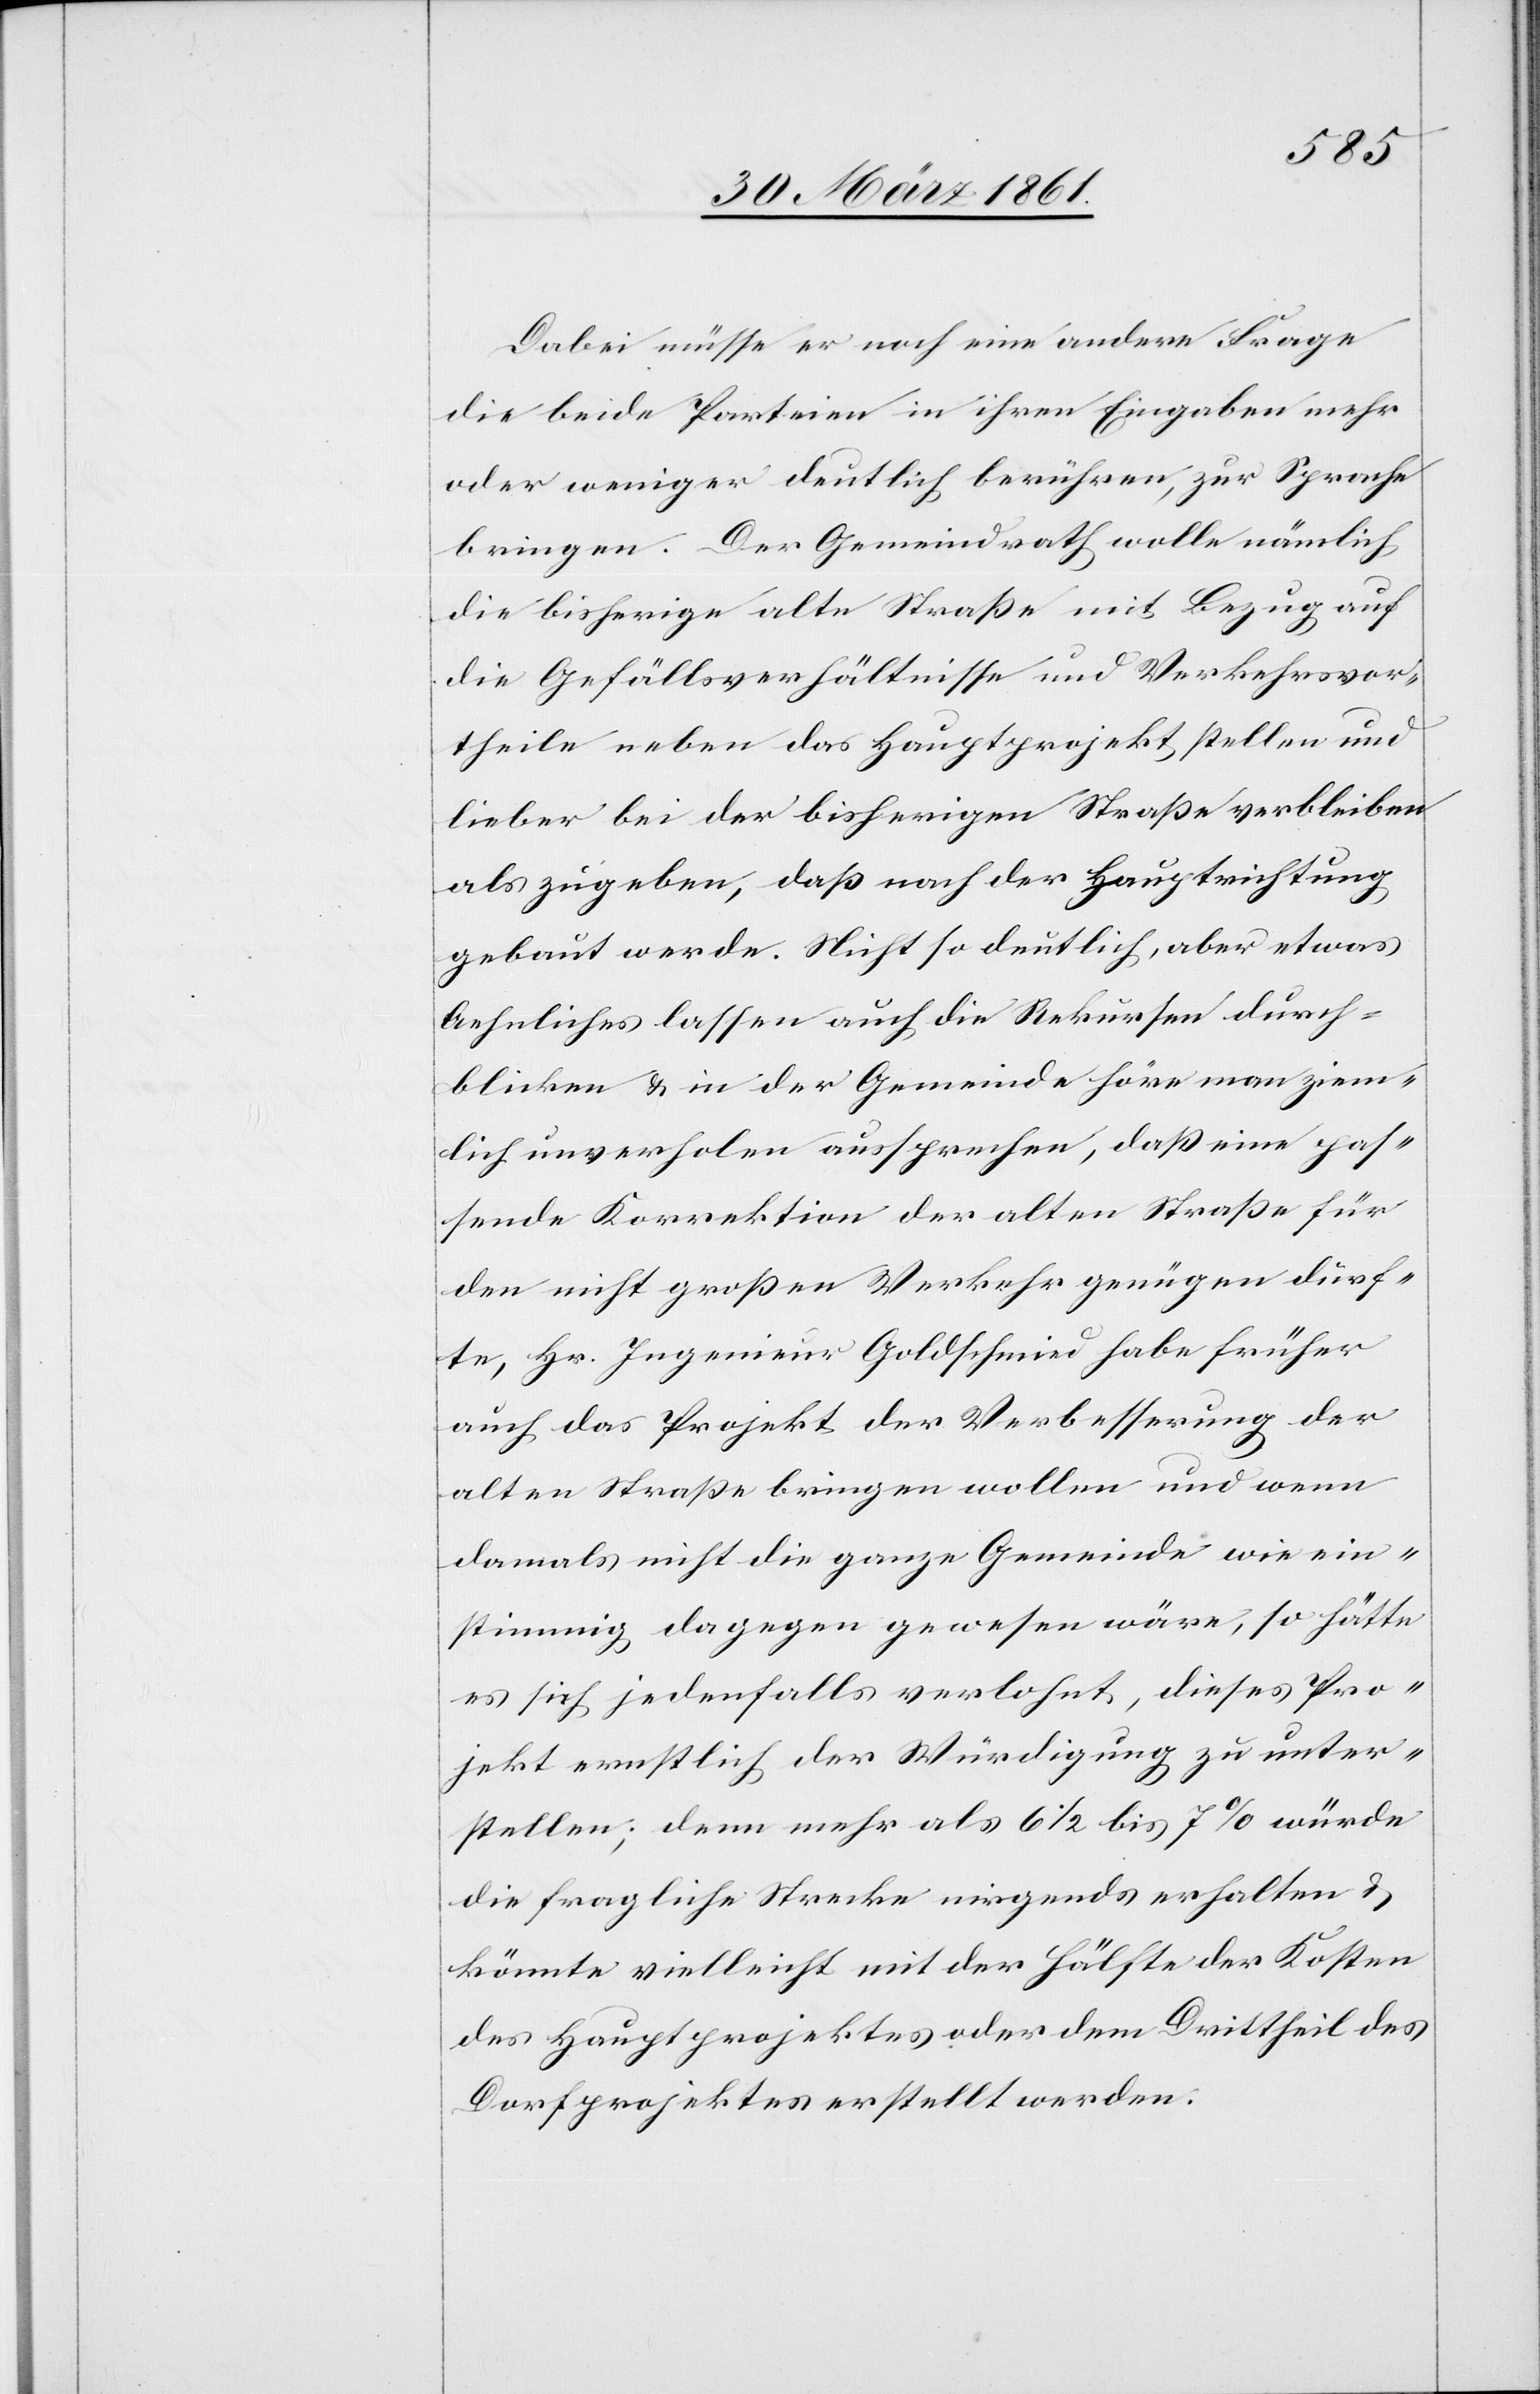
Dabei müsse er noch eine andere Frage
die beide Parteien in ihren Eingaben mehr
oder weniger deutlich berühren, zur Sprache
bringen. Der Gemeindrath wolle nämlich
die bisherige alte Straße mit Bezug auf
die Gefällsverhältnisse und Verkehrsvor¬
theile neben das Hauptprojekt stellen und
lieber bei der bisherigen Straße verbleiben
als zugegeben, daß nach der Hauptrichtung
gebaut werde. Nicht so deutlich, aber etwas
Aehnliches lassen auch die Rekursen durch¬
blicken u. in der Gemeinde höre man ziem¬
lich unverholen aussprechen, daß eine pas¬
sende Korrektion der alten Straße für
den nicht großen Verkehr genügen dürf¬
te, Hr. Ingenieur Goldschmied habe früher
auch das Projekt der Verbesserung der
alten Straße bringen wollen und wenn
damals nicht die ganze Gemeinde wie ein¬
stimmig dagegen gewesen wäre, so hätte
es sich jedenfalls verlohnt, dieses Pro¬
jekt ernstlich der Würdigung zu unter¬
stellen; denn mehr als 6 1/2 bis 7% würde
die fragliche Strecke nirgends erhalten u.
könnte vielleicht mit der Hälfte der Kosten
des Hauptprojektes oder dem Drittheil des
Dorfprojektes erstellt werden.